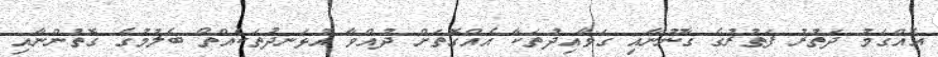
އެއްގަމު ދަތުރު ފަތުރުގެ ގާނޫނާއި ގަވާއިދުތަކާ އެއްގޮތަށް ދުއްވާ އުޅަނދުތަކެއްތޯ ބެލުމުގެ ގޮތުންނާއި